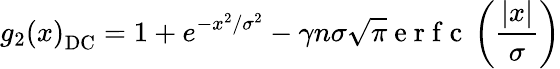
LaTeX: g_{2}\left(x\right)_{\mathrm{DC}}=1+e^{-x^{2}/\sigma^{2}}-\gamma n\sigma\sqrt{\pi}\mathrm{~e~r~f~c~}\left(\frac{|x|}{\sigma}\right)